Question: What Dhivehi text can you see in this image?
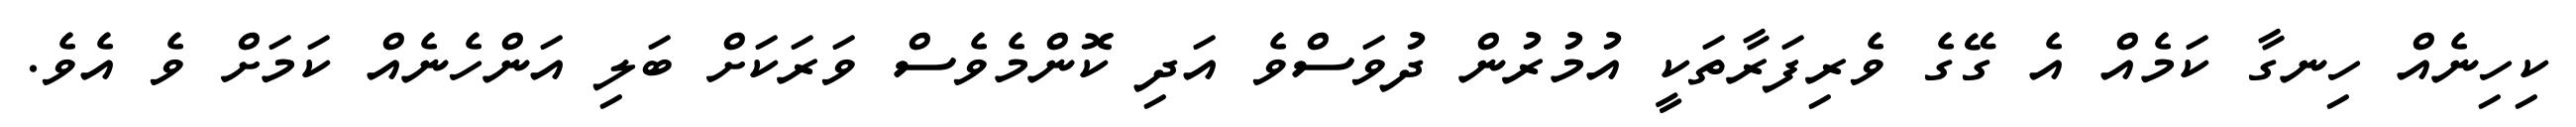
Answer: ކިހިނެއް ހިނގާ ކަމެއް އެ ގޭގެ ވެރިފަރާތަކީ އުމުރުން ދުވަސްވެ އަދި ކޮންމެވެސް ވަރަކަށް ބަލި އަންހެނެއް ކަމަށް ވެ އެވެ.